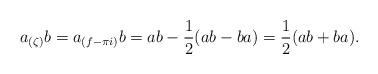
LaTeX: \begin{align*}a_{(\zeta)}b = a_{(f - \pi i)}b = ab - \frac{1}{2}(ab - ba) = \frac{1}{2}(ab + ba).\end{align*}